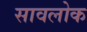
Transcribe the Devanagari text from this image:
सावलोक